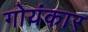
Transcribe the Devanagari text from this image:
गोयंकार